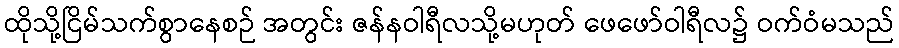
ထိုသို့ငြိမ်သက်စွာနေစဉ် အတွင်း ဇန်နဝါရီလသို့မဟုတ် ဖေဖော်ဝါရီလ၌ ဝက်ဝံမသည်